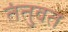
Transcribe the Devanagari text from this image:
तंतुवत